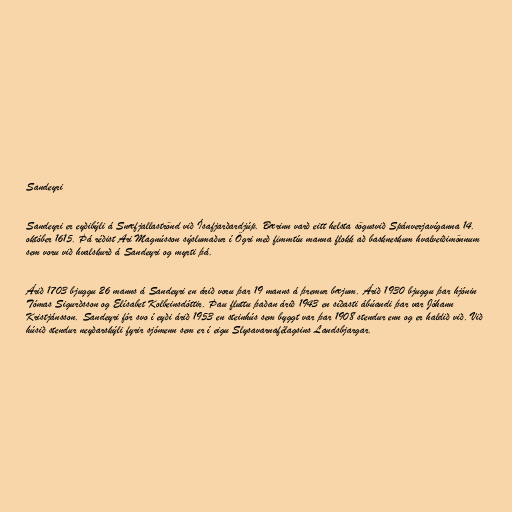
Sandeyri

Sandeyri er eyðibýli á Snæfjallaströnd við Ísafjarðardjúp. Bærinn varð eitt helsta sögusvið Spánverjavíganna 14.
október 1615. Þá réðist Ari Magnússon sýslumaður í Ögri með fimmtíu manna flokk að baskneskum hvalveiðimönnum
sem voru við hvalskurð á Sandeyri og myrti þá.

Árið 1703 bjuggu 26 manns á Sandeyri en árið voru þar 19 manns á þremur bæjum. Árið 1930 bjuggu þar hjónin
Tómas Sigurðsson og Elísabet Kolbeinsdóttir. Þau fluttu þaðan árið 1943 en síðasti ábúandi þar var Jóhann
Kristjánsson. Sandeyri fór svo í eyði árið 1953 en steinhús sem byggt var þar 1908 stendur enn og er haldið við. Við
húsið stendur neyðarskýli fyrir sjómenn sem er í eigu Slysavarnafélagsins Landsbjargar.